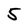
Character: 5